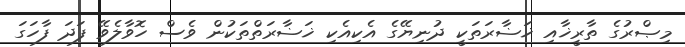
މިޞްރުގެ ތާރީޚާއި ޚަޟާރަތަކީ ދުނިޔޭގެ އެކިއެކި ޚަޟާރަތްތަކުން ވެސް ހޮވާލެވޭ ފަދަ ފާހަގަ